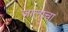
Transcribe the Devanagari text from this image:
जालाचा